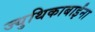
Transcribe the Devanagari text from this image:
ज्युथिकाबाईंना